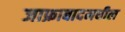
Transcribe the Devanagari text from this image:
जाफ्राबादमधील